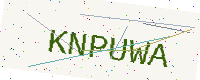
Text: KNPUWA